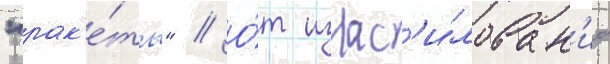
"рак'е́ты" // О́т изнас'и́лован'иа